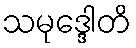
သမုဒ္ဒေါတိ